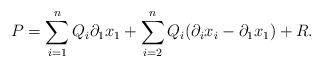
LaTeX: \begin{align*}P &= \sum_{i=1}^n Q_i \partial_1x_1 + \sum_{i=2}^{n} Q_i(\partial_ix_i - \partial_1x_1) + R. \end{align*}